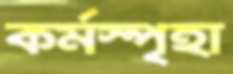
কর্মস্পৃহা